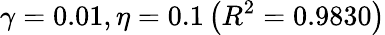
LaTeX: \gamma=0.01,\eta=0.1\left(R^{2}=0.9830\right)